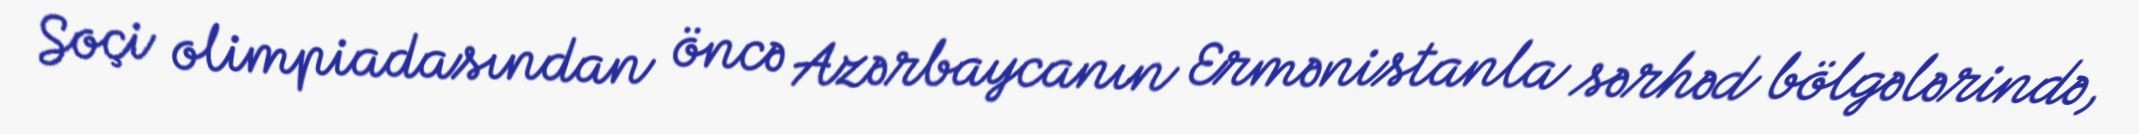
Soçi olimpiadasından öncə Azərbaycanın Ermənistanla sərhəd bölgələrində,